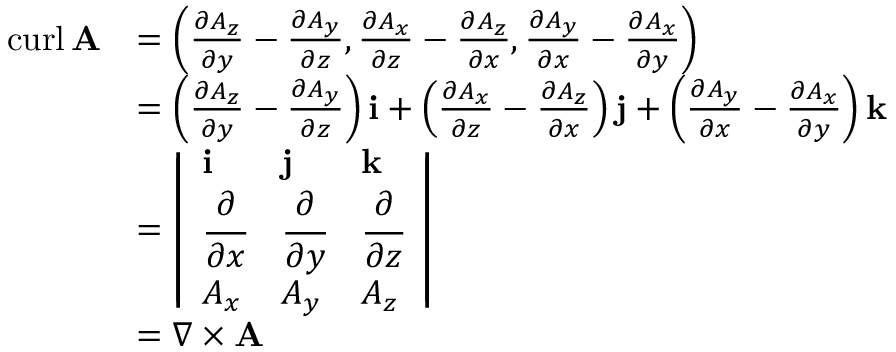
{ \begin{array} { r l } { \operatorname { c u r l } \mathbf { A } } & { = \left( { \frac { \partial A _ { z } } { \partial y } } - { \frac { \partial A _ { y } } { \partial z } } , { \frac { \partial A _ { x } } { \partial z } } - { \frac { \partial A _ { z } } { \partial x } } , { \frac { \partial A _ { y } } { \partial x } } - { \frac { \partial A _ { x } } { \partial y } } \right) } \\ & { = \left( { \frac { \partial A _ { z } } { \partial y } } - { \frac { \partial A _ { y } } { \partial z } } \right) \mathbf { i } + \left( { \frac { \partial A _ { x } } { \partial z } } - { \frac { \partial A _ { z } } { \partial x } } \right) \mathbf { j } + \left( { \frac { \partial A _ { y } } { \partial x } } - { \frac { \partial A _ { x } } { \partial y } } \right) \mathbf { k } } \\ & { = { \left| \begin{array} { l l l } { \mathbf { i } } & { \mathbf { j } } & { \mathbf { k } } \\ { { \cfrac { \partial } { \partial x } } } & { { \cfrac { \partial } { \partial y } } } & { { \cfrac { \partial } { \partial z } } } \\ { A _ { x } } & { A _ { y } } & { A _ { z } } \end{array} \right| } } \\ & { = \nabla \times \mathbf { A } } \end{array} }